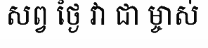
សព្វ ថ្ងៃ វា ជា ម្ចាស់